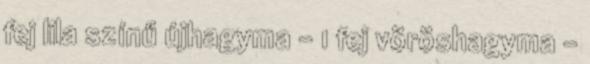
fej lila színű újhagyma - 1 fej vöröshagyma -